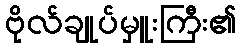
ဗိုလ်ချုပ်မှူးကြီး၏